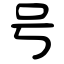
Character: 号